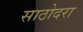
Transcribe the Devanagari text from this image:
साठोदरा